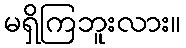
မရှိကြဘူးလား။